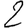
Digit: 2